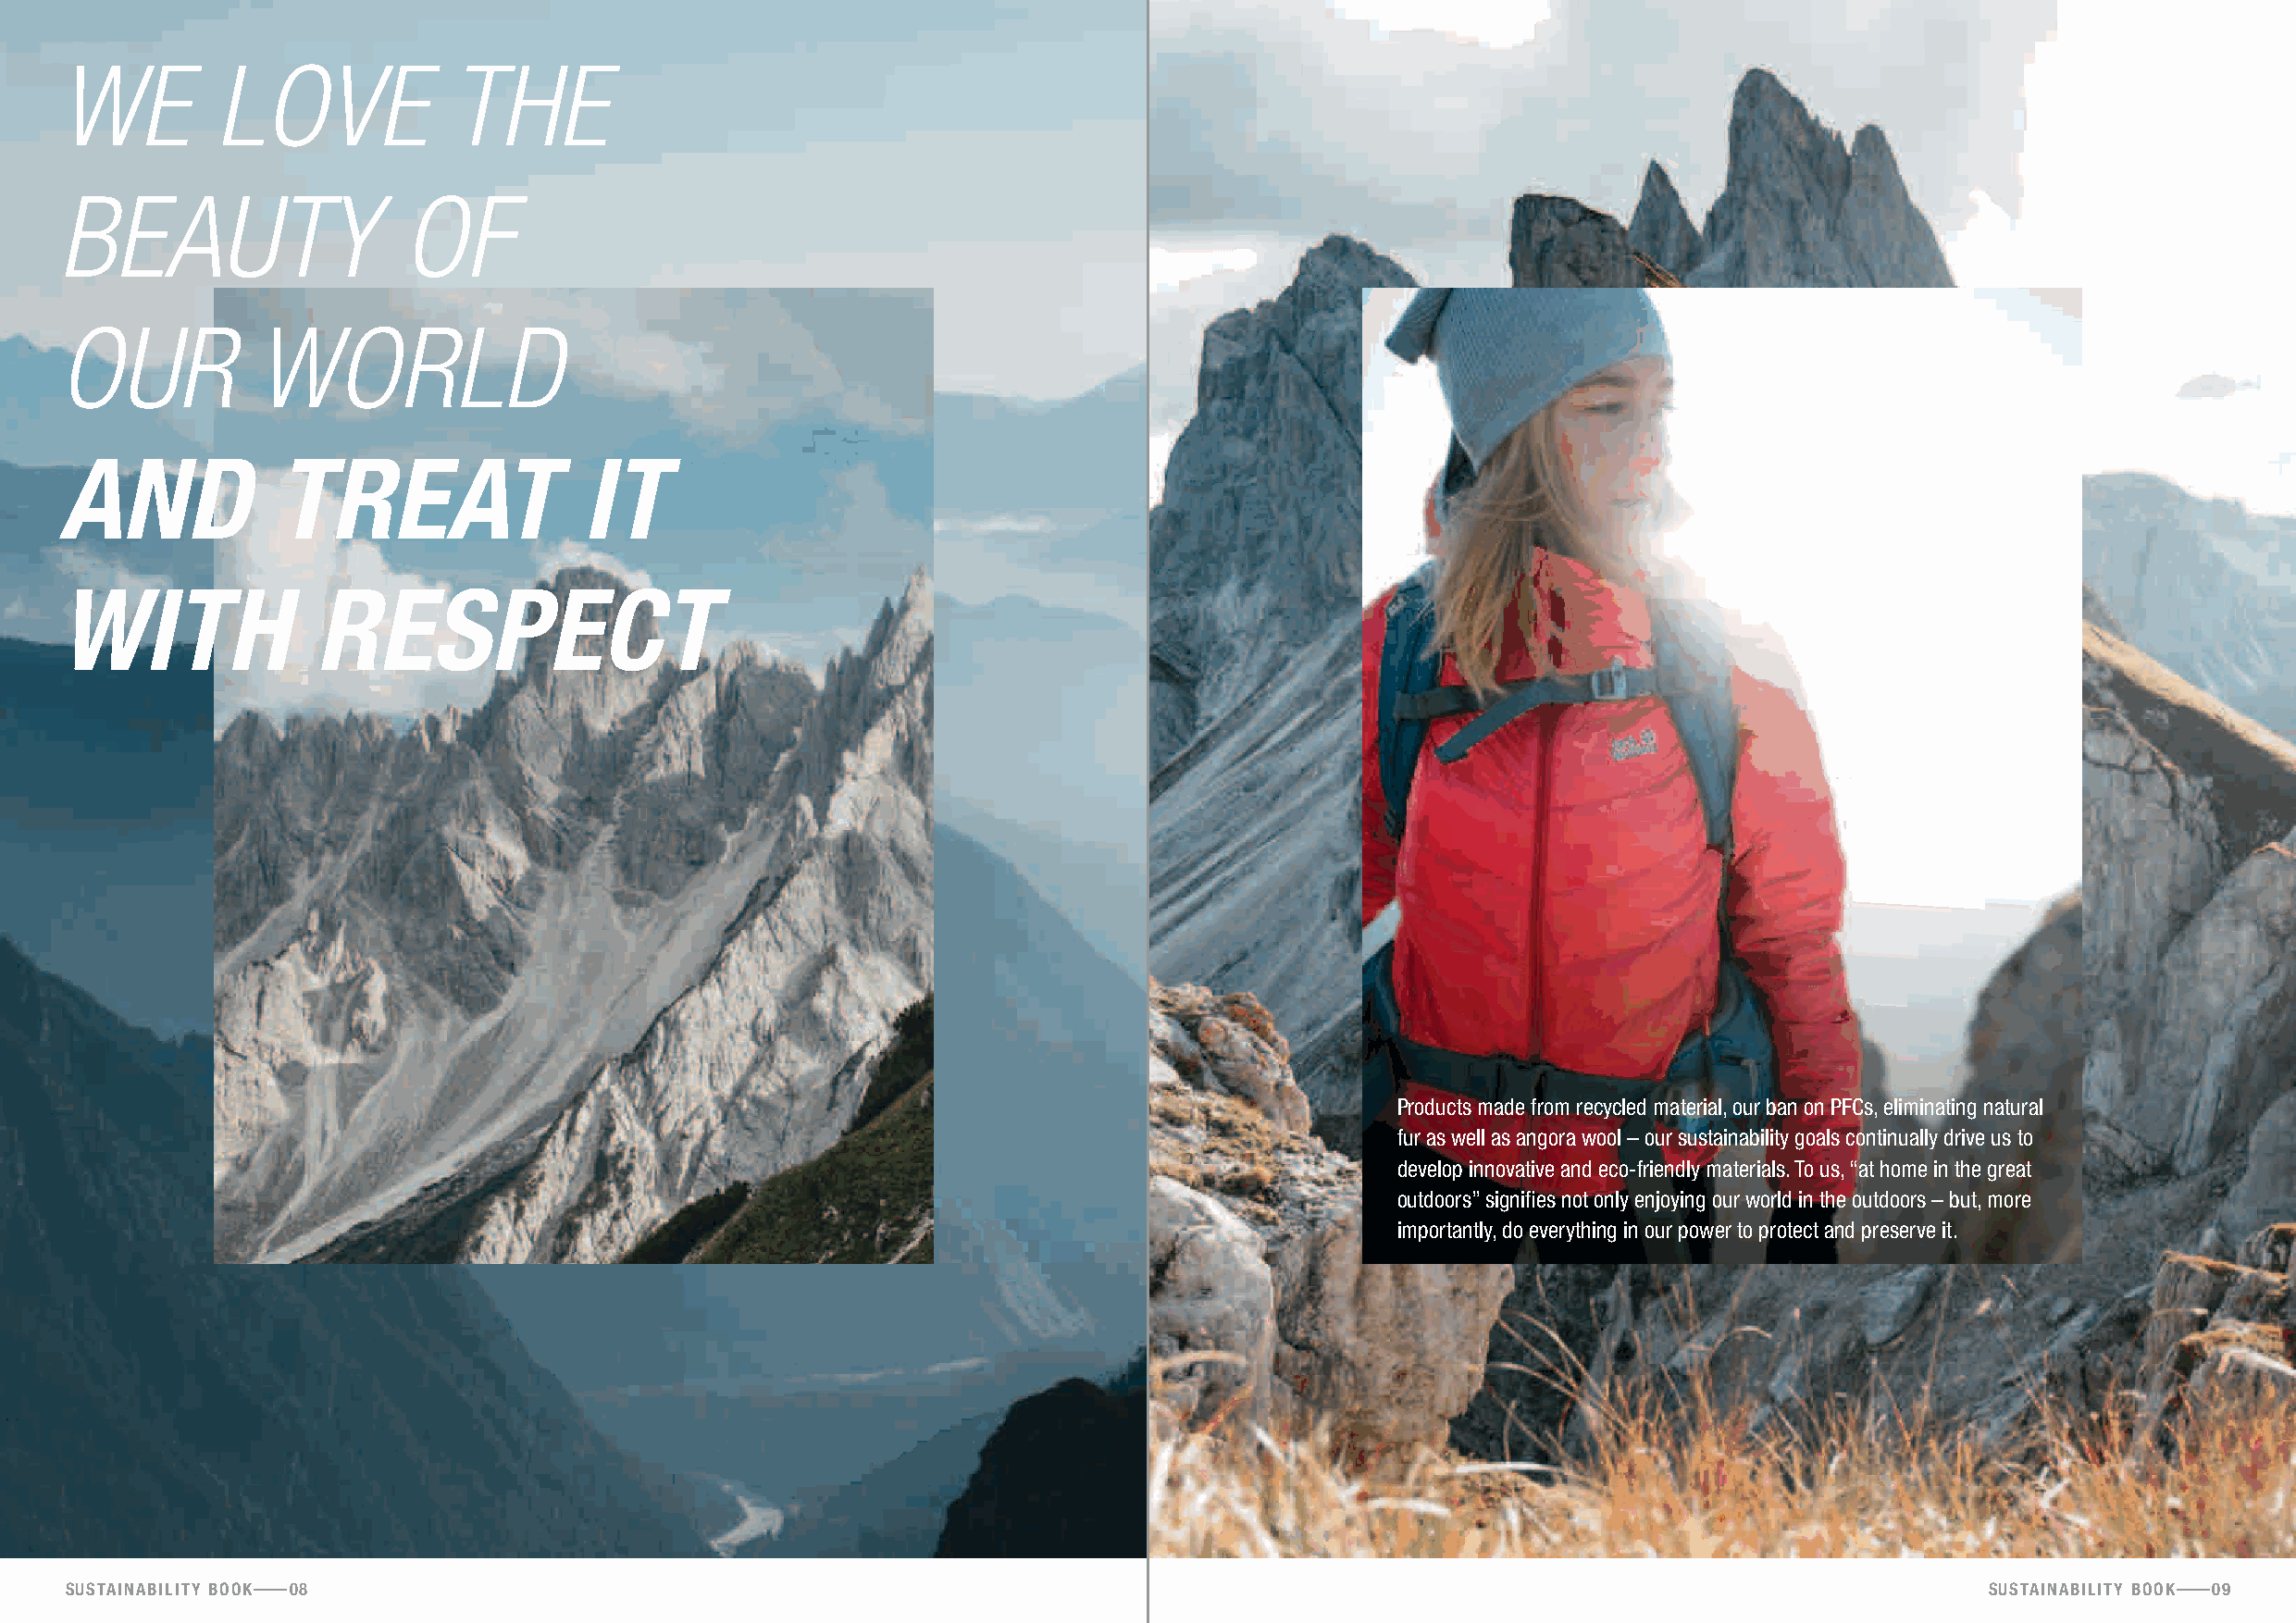
We         love             the
 beauty                   of
 our           World
 and             treat                 it
 with               respect
 Products made from recycled material, our ban on PFCs, eliminating natural
 fur as well as angora wool – our sustainability goals continually drive us to
 develop innovative and eco-friendly materials. To us, “at home in the great
 outdoors” signifies not only enjoying our world in the outdoors – but, more
 importantly, do everything in our power to protect and preserve it.
 sustainability booK 08                                                                                                                   sustainability booK 09